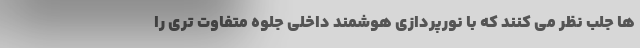
ها جلب نظر می کنند که با نورپردازی هوشمند داخلی جلوه متفاوت تری را